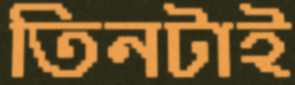
তিনটাই